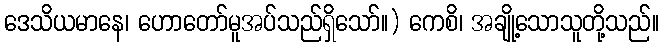
ဒေသိယမာနေ၊ ဟောတော်မူအပ်သည်ရှိသော်။) ကေစိ၊ အချို့သောသူတို့သည်။